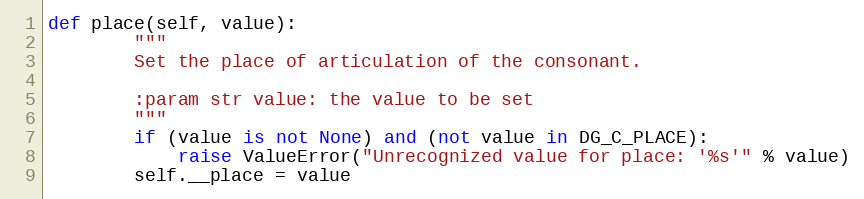
Language: Python
def place(self, value):
        """
        Set the place of articulation of the consonant.

        :param str value: the value to be set
        """
        if (value is not None) and (not value in DG_C_PLACE):
            raise ValueError("Unrecognized value for place: '%s'" % value)
        self.__place = value